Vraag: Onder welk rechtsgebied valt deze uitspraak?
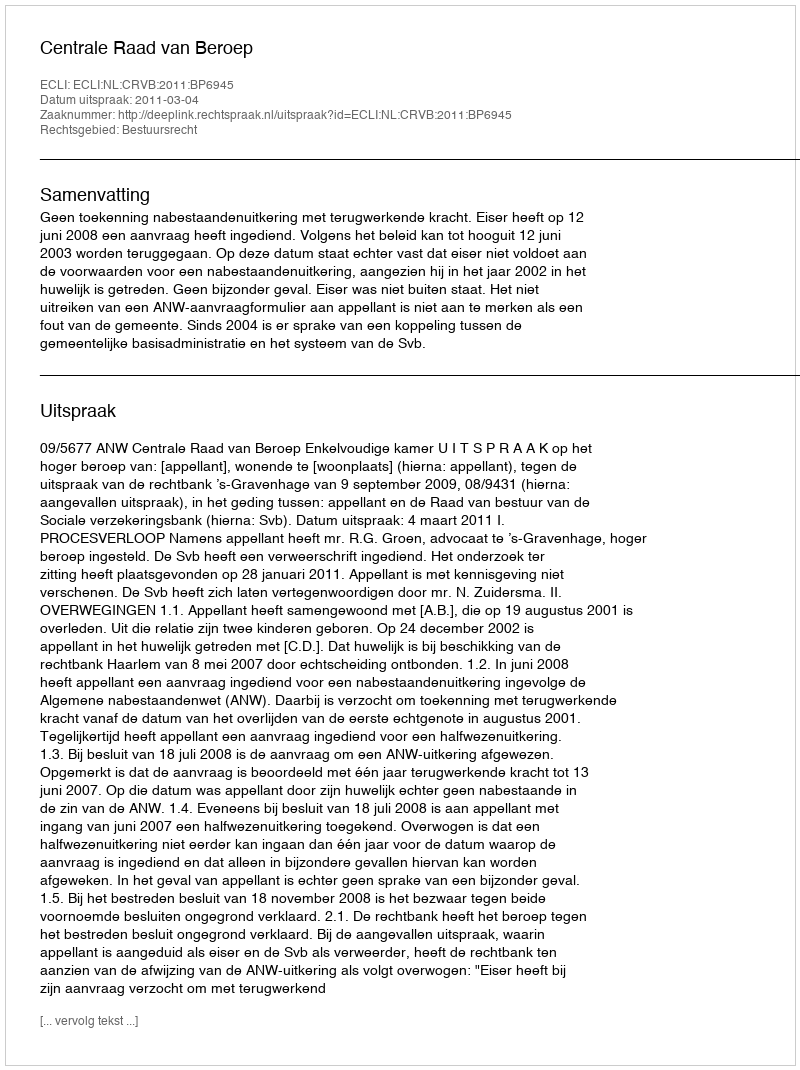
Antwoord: Bestuursrecht